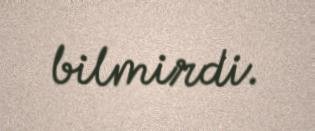
bilmirdi.